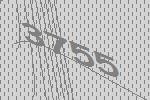
3755